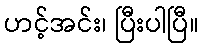
ဟင့်အင်း၊ ပြီးပါပြီ။